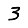
Digit: 3